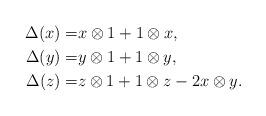
LaTeX: \begin{align*}\Delta(x)= &x\otimes 1+1\otimes x,\\\Delta(y)=&y\otimes 1+1\otimes y,\\\Delta(z)=&z\otimes 1+1\otimes z -2x\otimes y.\end{align*}